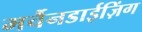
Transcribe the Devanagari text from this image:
मर्चैनडाईज़िंग